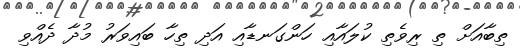
ތިބާއަށް ތި ރިވެތި ކުލައާއި ހަންގަނޑާއި އަދި ތިހާ ބައިވަރު މުދާ ދެއްވި